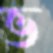
ভ